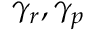
\gamma _ { r } , \gamma _ { p }